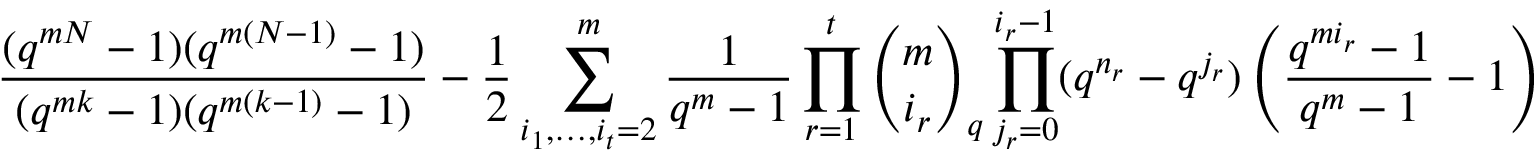
\frac { ( q ^ { m N } - 1 ) ( q ^ { m ( N - 1 ) } - 1 ) } { ( q ^ { m k } - 1 ) ( q ^ { m ( k - 1 ) } - 1 ) } - \frac { 1 } 2 \sum _ { i _ { 1 } , \ldots , i _ { t } = 2 } ^ { m } \frac { 1 } { q ^ { m } - 1 } \prod _ { r = 1 } ^ { t } { \binom { m } { i _ { r } } } _ { q } \prod _ { j _ { r } = 0 } ^ { i _ { r } - 1 } ( q ^ { n _ { r } } - q ^ { j _ { r } } ) \left( \frac { q ^ { m i _ { r } } - 1 } { q ^ { m } - 1 } - 1 \right)